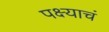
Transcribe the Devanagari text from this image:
पक्ष्याचं